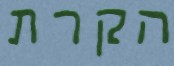
הקרת